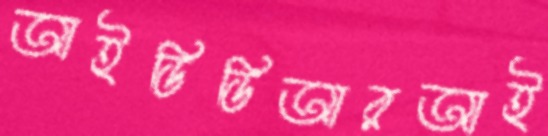
আইডিডিআরআই